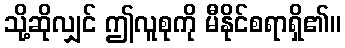
သို့ဆိုလျှင် ဤလူစုကို မီနိုင်စရာရှိ၏။